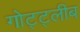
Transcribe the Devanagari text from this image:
गोट्ट्लीब